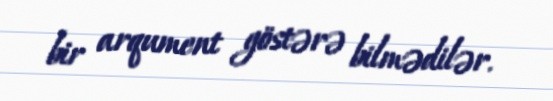
bir arqument göstərə bilmədilər.